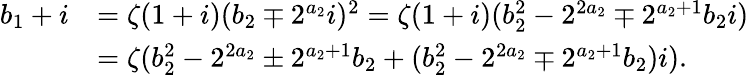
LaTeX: \begin{array}{rl}{b_{1}+i}&{=\zeta(1+i)(b_{2}\mp 2^{a_{2}}i)^{2}=\zeta(1+i)(b_{2}^{2}-2^{2a_{2}}\mp 2^{a_{2}+1}b_{2}i)}\\ &{=\zeta(b_{2}^{2}-2^{2a_{2}}\pm 2^{a_{2}+1}b_{2}+(b_{2}^{2}-2^{2a_{2}}\mp 2^{a_{2}+1}b_{2})i).}\end{array}